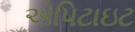
એપિટાઇટ